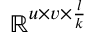
\mathbb { R } ^ { u \times v \times \frac { l } { k } }